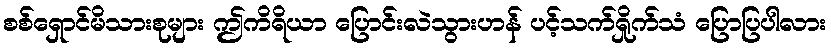
စစ်ရှောင်မိသားစုများ ဤကိရိယာ ပြောင်းလဲသွားဟန် ပင့်သက်ရှိုက်သံ ပြောပြပါလား